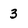
Character: 3